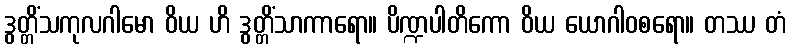
ဒွတ္တိံသကုလဂါမော ဝိယ ဟိ ဒွတ္တိံသာကာရော။ ပိဏ္ဍပါတိကော ဝိယ ယောဂါဝစရော။ တဿ တံ